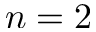
n = 2